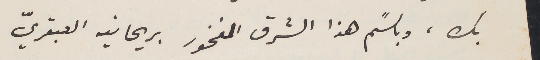
بك، وباسًم هذا الشرق المفخور بريحانيه العبقريّ